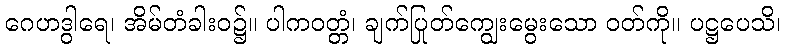
ဂေဟဒွါရေ၊ အိမ်တံခါးဝ၌။ ပါကဝတ္တံ၊ ချက်ပြုတ်ကျွေးမွေးသော ဝတ်ကို။ ပဋ္ဌပေသိ၊